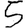
Digit: 5